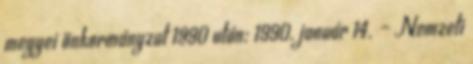
megyei önkormányzat 1990 után: 1990. január 14. – Nemzeti